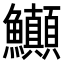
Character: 𬵽